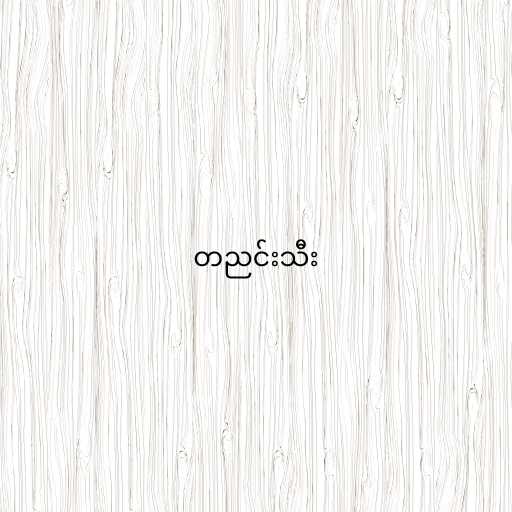
တညင်းသီး